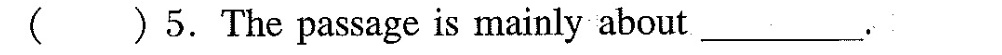
( )5.The passage is mainly about